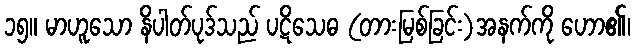
၁၅။ မာဟူသော နိပါတ်ပုဒ်သည် ပဋိသေဓ (တားမြစ်ခြင်း)အနက်ကို ဟော၏၊